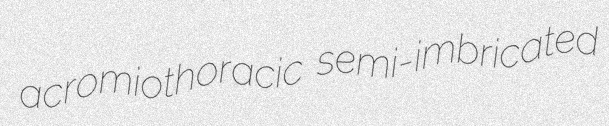
acromiothoracic semi-imbricated